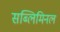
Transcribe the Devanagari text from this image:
सब्लिमिनल